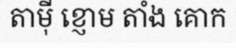
តាម៉ី ខ្ញោម តាំង គោក